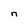
Character: n